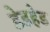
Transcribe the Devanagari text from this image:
डेडहेड